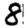
Digit: 8